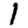
Digit: 1